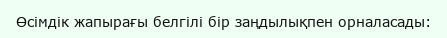
Өсімдік жапырағы белгілі бір заңдылықпен орналасады: